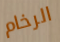
الرخام